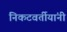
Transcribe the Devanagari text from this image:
निकटवर्तीयांनी